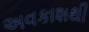
અવકાશથી